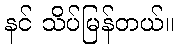
နင် သိပ်မြန်တယ်။